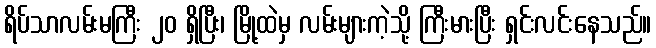
ရိပ်သာလမ်းမကြီး ၂၀ ရှိပြီး၊ မြို့ထဲမှ လမ်းများကဲ့သို့ ကြီးမားပြီး ရှင်းလင်းနေသည်။